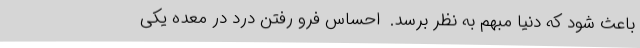
باعث شود که دنیا مبهم به نظر برسد.  احساس فرو رفتن درد در معده یکی